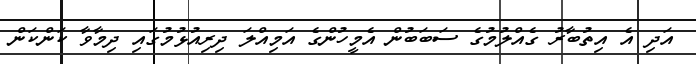
އަދި އެ އިތުބާރު ގެއްލުމުގެ ސަބަބުން އެމީހުންގެ އަމިއްލަ ދިރިއުޅުމުގައި ދިމާވާ ކަންކަން